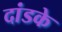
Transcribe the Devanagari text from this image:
दांडके